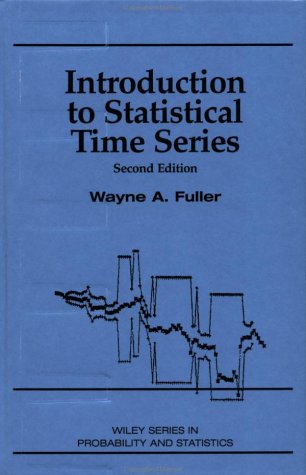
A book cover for Introduction to Statistical Time Series; Wayne A. Fuller; Science & Math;